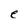
Character: e